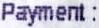
PAYMENT :